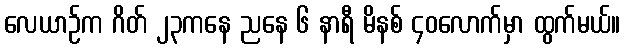
လေယာဉ်က ဂိတ် ၂၃ကနေ ညနေ ၆ နာရီ မိနစ် ၄၀လောက်မှာ ထွက်မယ်။